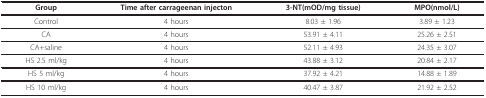
<table><thead><tr><td><b>Group</b></td><td><b>Time after carrageenan injecton</b></td><td><b>3-NT(mOD/mg tissue)</b></td><td><b>MPO(nmol/L)</b></td></tr></thead><tbody><tr><td>Control</td><td>4 hours</td><td>8.03 ± 1.96</td><td>3.89 ± 1.23</td></tr><tr><td>CA</td><td>4 hours</td><td>53.91 ± 4.11</td><td>25.26 ± 2.51</td></tr><tr><td>CA+saline</td><td>4 hours</td><td>52.11 ± 4.93</td><td>24.35 ± 3.07</td></tr><tr><td>HS 2.5 ml/kg</td><td>4 hours</td><td>43.88 ± 3.12</td><td>20.84 ± 2.17</td></tr><tr><td>HS 5 ml/kg</td><td>4 hours</td><td>37.92 ± 4.21</td><td>14.88 ± 1.89</td></tr><tr><td>HS 10 ml/kg</td><td>4 hours</td><td>40.47 ± 3.87</td><td>21.92 ± 2.52</td></tr></tbody></table>